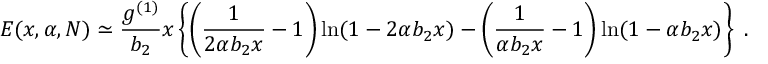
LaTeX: E ( x , \alpha , N ) \simeq { \frac { g ^ { ( 1 ) } } { b _ { 2 } } } x \left\{ \left( { \frac { 1 } { 2 \alpha b _ { 2 } x } } - 1 \right) \ln ( 1 - 2 \alpha b _ { 2 } x ) - \left( { \frac { 1 } { \alpha b _ { 2 } x } } - 1 \right) \ln ( 1 - \alpha b _ { 2 } x ) \right\} \ .